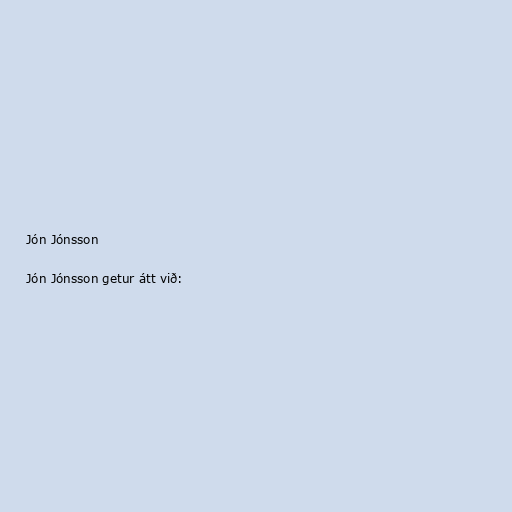
Jón Jónsson

Jón Jónsson getur átt við: